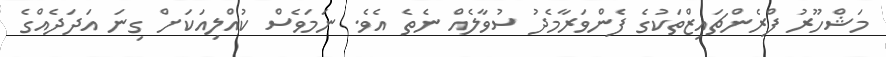
މަޝްހޫރު ފްރެންޗައިޒްތަކުގެ ފެންވަރާމެދު ސުވާލެއް ނެތެ އެވެ. ނަމަވެސް ކުއްލިއަކަށް ގިނަ އަދަދެއްގެ